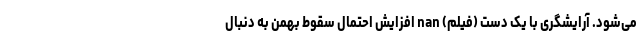
می‌شود. آرایشگری با یک دست (فیلم) nan افزایش احتمال سقوط بهمن به دنبال